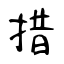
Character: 措